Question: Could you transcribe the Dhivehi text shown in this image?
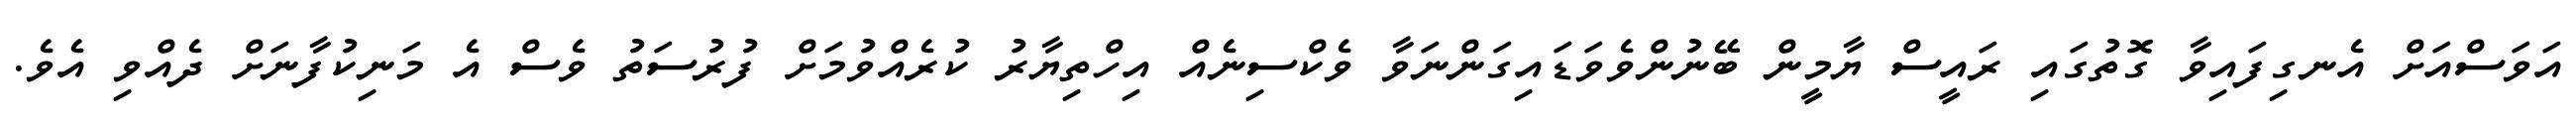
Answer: އަވަސްއަށް އެނގިފައިވާ ގޮތުގައި ރައީސް ޔާމީން ބޭނުންވެވަޑައިގަންނަވާ ވެކްސިނެއް އިހްތިޔާރު ކުރެއްވުމަށް ފުރުސަތު ވެސް އެ މަނިކުފާނަށް ދެއްވި އެވެ.